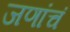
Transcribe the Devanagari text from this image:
जणांचं